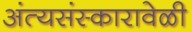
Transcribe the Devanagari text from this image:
अंत्यसंस्कारावेळी